Newspaper: The Wheeling daily intelligencer. [volume]
Place of publication: Wheeling, W. Va.
Publisher: Campbell & M'Dermot
Date: 1895-08-15 00:00:00
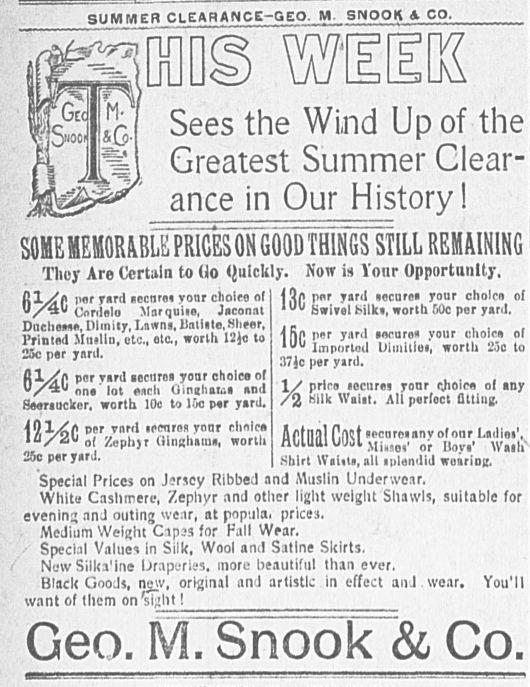
Advertisement text (OCR):
SUMMER CLE ARIA igggaDDDi 1Sees ft Jr. gre< ance SflMR H RMARII RMPRlftRR UV1HU niUlUUIIUI/wu * itawuM Tliey Are Certain to (Jo < RlsSfi par yard necnrei vonr chc "/ a* c'nriltlo Mnrquiie, J? Dnchomii, Dimity, Lawns, ll.ililto, ' l'rintml Mtiilln, etc., otc., wortli 1 23c par ynril. par yard aectiroa yonr ch< "/*" nna lot ?nrli Oinihaui flMriuckor, worth 10c to 15c p?r iQl^Zp per vnril icmrns yonr i lu/2u ?( Keptt) r llinRli?m?, 25c p?r jrarJ. Special Prices on Jersey Rit WhitB Cashmere, Zephyr a evening anJ outing wear, at p Medium Weight Capis for I Spcci.il Values in Silk, Woo Now Silka'ine iJraptiries. in Black Goods, nw, original want of them on'sight! Geo. M.1 NCE-GEO. M SIMOOK A CO. 5 WEEK ; the Wind Up of itest Summer Qur History! l"600raMsTILL REMAINING Julckly. Now in Voiir Opportunity, .Ice of |Qp pur yard "ocurci your choirn of conat 1 Swivel Hlk?, worth DOc por yard. 2io to \ lip P"r y?f<l ?n ro? your choir* of Imported Ifhniliei, worth i!oc to .17jc per yard. >ico of ... i and 1/ Pr'r? ?ocurej yonr rjioin of any yard. /2 w'"c Wniat. All perfoct fitting. firtnfll P.ftftt wctireiiinyofour Ladies', worth Htiuaiuubi Mi?0,. 0-r Uoy|. Wm1i Shirt Wniiti, all iplondid wearing. >bed and Muslin Underwear. nd other light weight Shawls, suitable for opulai prices. 'all Wear. I and Satine Slcirts. ore beautiful than ever. and artistic in effect and .wear. You'll 5nook & Co.
Label: illustrations